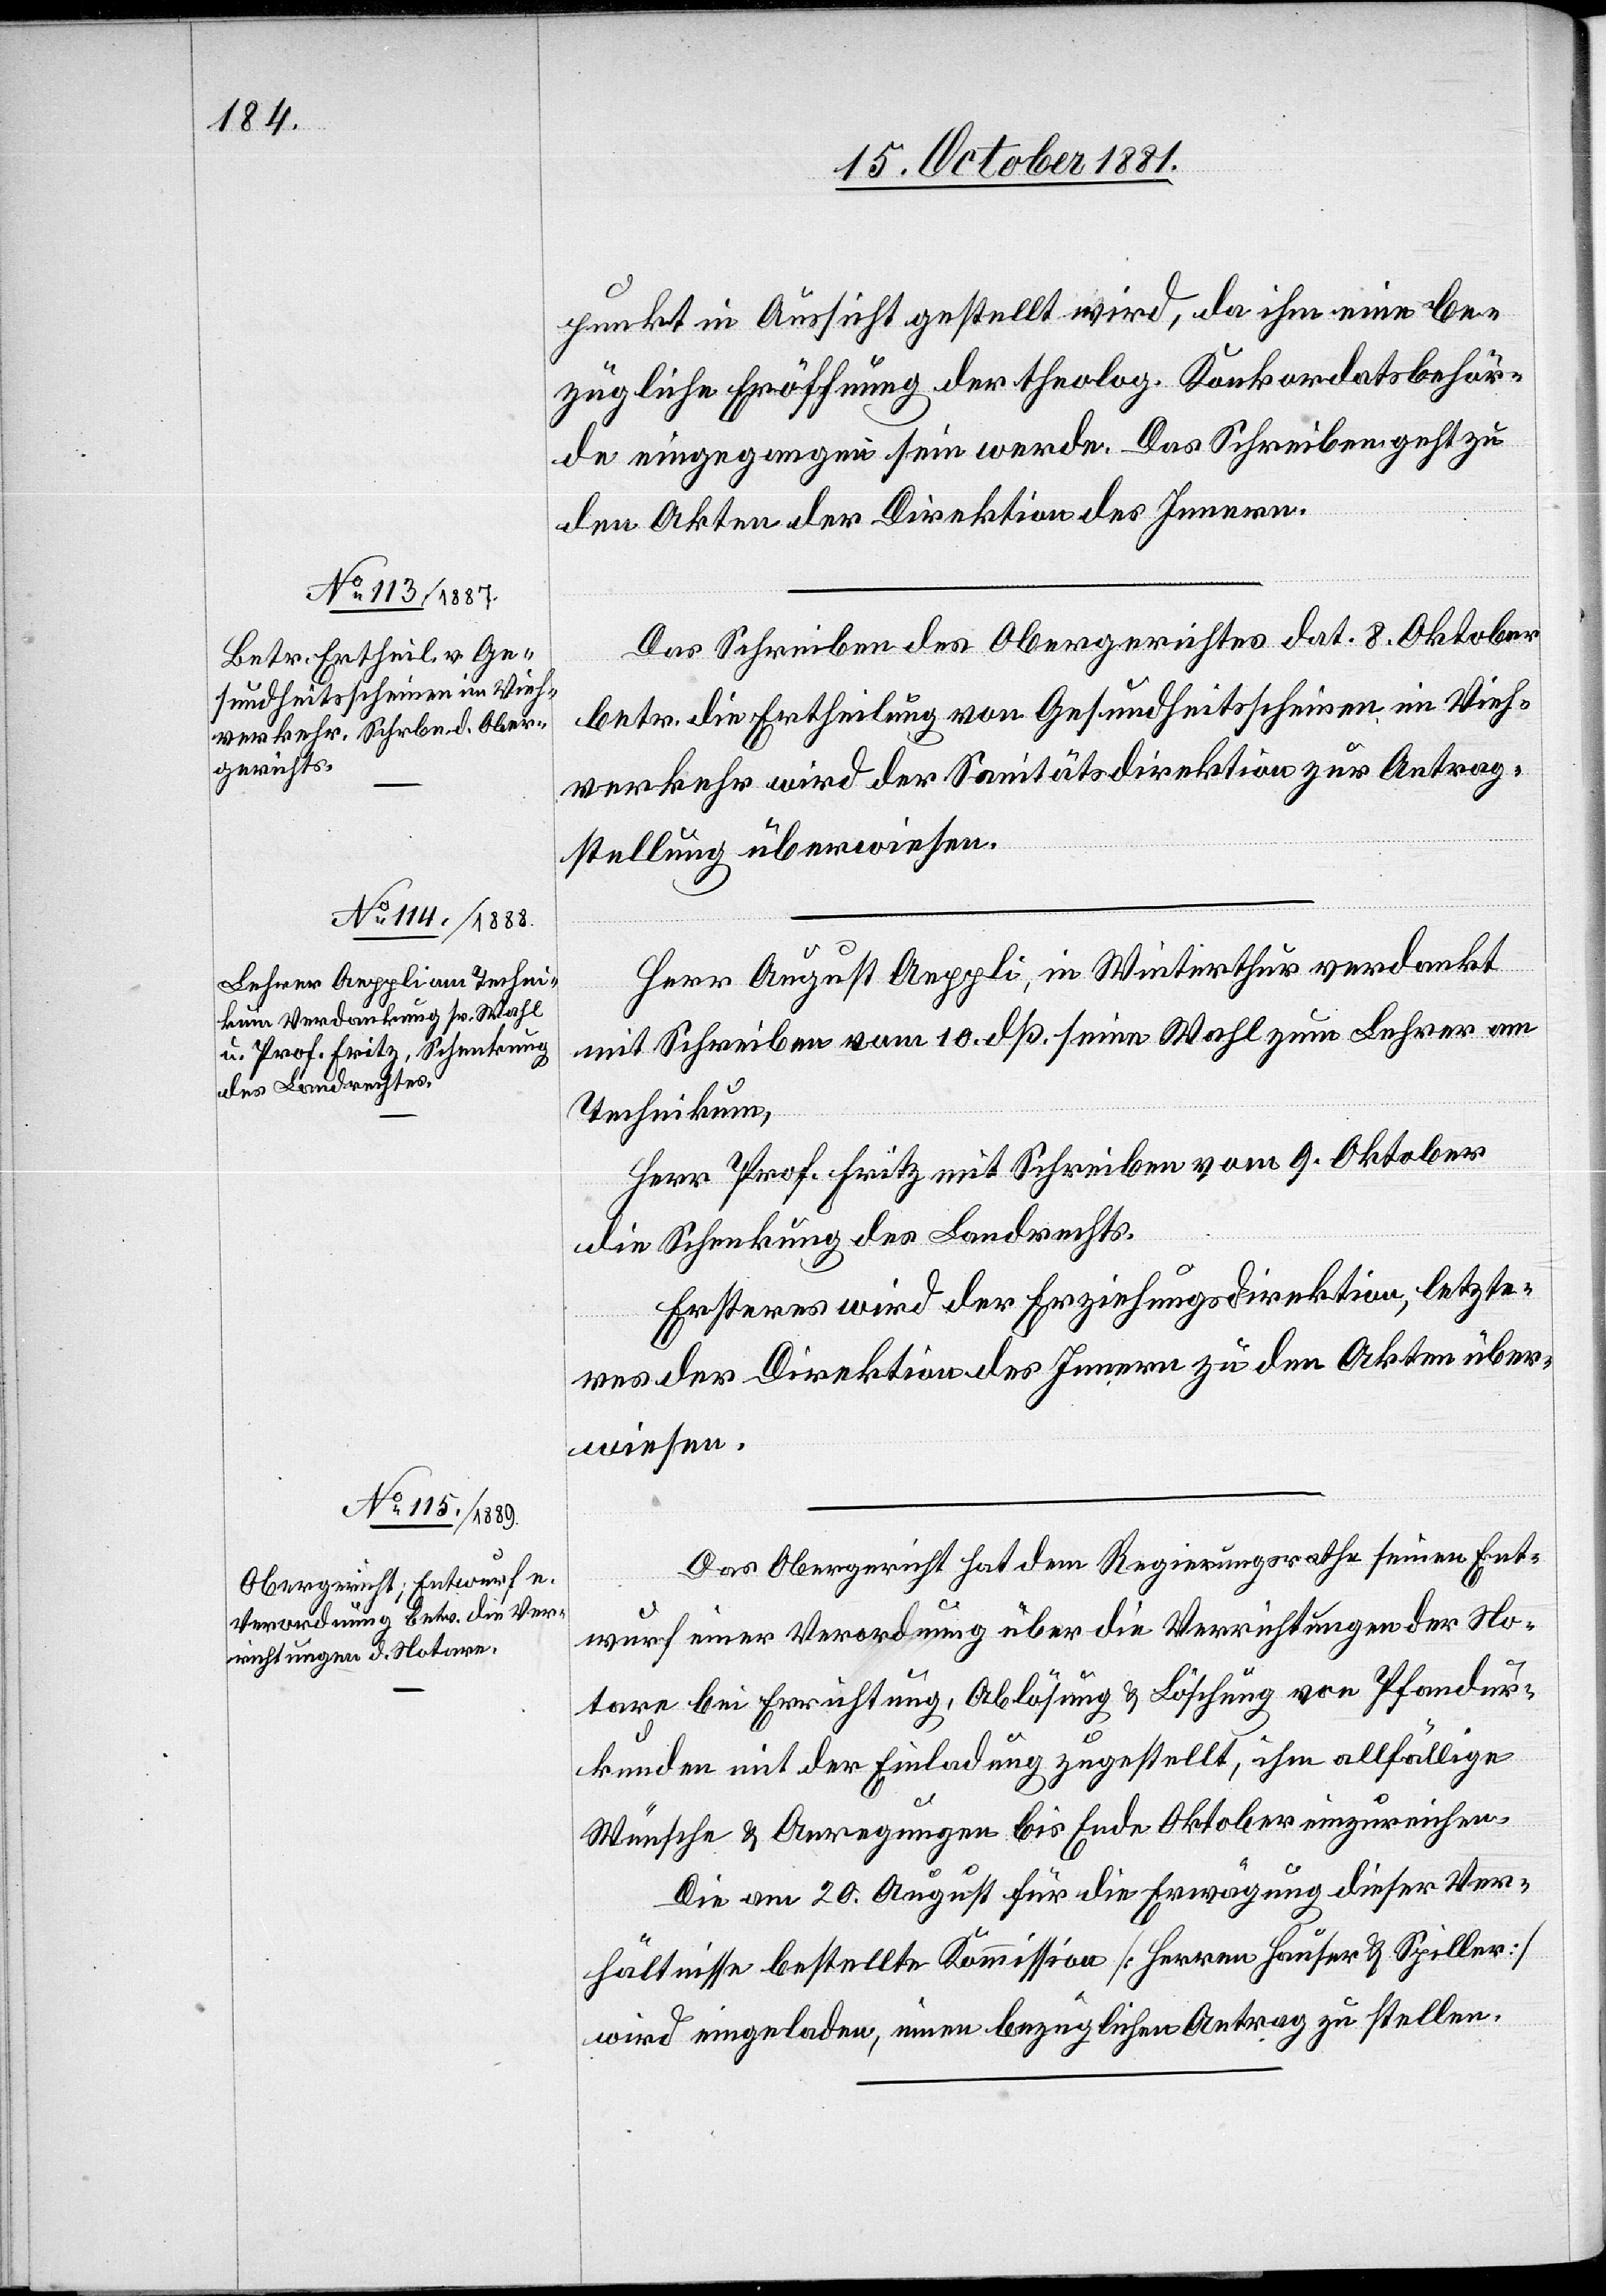
punkt in Aussicht gestellt wird, da ihm eine be¬
zügliche Eröffnung der theolog. Konkordatsbehör¬
de eingegangen sein werde. Das Schreiben geht zu
den Akten der Direktion des Innern.
Das Schreiben des Obergerichtes dat. 8. Oktober
betr. die Ertheilung von Gesundheitsscheinen im Vieh¬
verkehr wird der Sanitätsdirektion zur Antrag¬
stellung überwiesen.
Herr August Aeppli, in Winterthur verdankt
mit Schreiben vom 10. dß. seine Wahl zum Lehrer am
Technikum,
Herr Prof. Fritz mit Schreiben vom 9. Oktober
die Schenkung des Landrechts.
Ersteres wird der Erziehungsdirektion, letzte¬
res der Direktion des Innern zu den Akten über¬
wiesen.
Das Obergericht hat dem Regierungsrathe seinen Ent¬
wurf einer Verordnung über die Verrichtungen der No¬
tare bei Errichtung, Ablösung & Löschung von Pfandur¬
kunden mit der Einladung zugestellt, ihm allfällige
Wünsche & Anregungen bis Ende Oktober einzureichen.
Die am 20. August für die Erwägung dieser Ver¬
hältnisse bestellte Kommission [Herren Hauser & Spiller]
wird eingeladen, einen bezüglichen Antrag zu stellen.